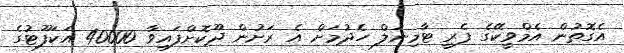
އެގޮތުން އެމްވީކޭގެ ފެރީ ޓާމިނަލް ހެދުމަށް އެ ރަށުން ދޫކޮށްފައިވާ 40000 އަކަފޫޓުގެ